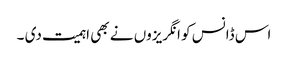
اس ڈانس کو انگریزوں نے بھی اہمیت دی ۔